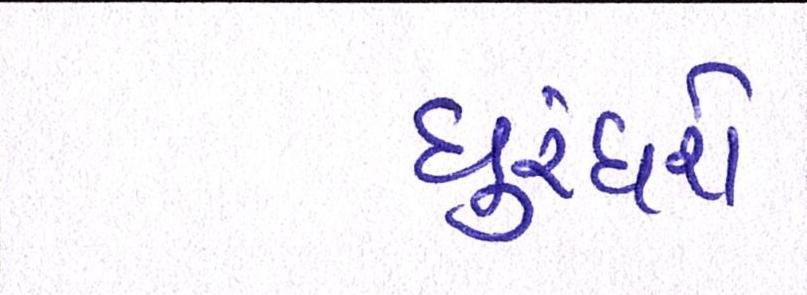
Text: ધુરંધરો